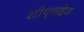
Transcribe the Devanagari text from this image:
शीप्सहेड